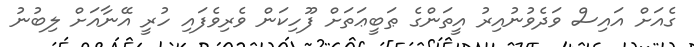
ގެއަށް އައިސް ވަދެވުނުއިރު އީތަންގެ ޠަބީޢަތަށް ފޫހިކަން ވެރިވެފައި ހުރީ އޭނާއަށް ލިބުނު